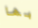
بها